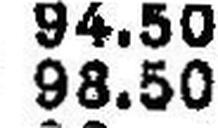
98.50